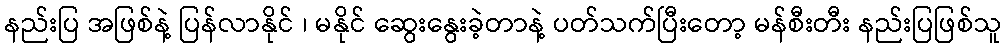
နည်းပြ အဖြစ်နဲ့ ပြန်လာနိုင် ၊ မနိုင် ဆွေးနွေးခဲ့တာနဲ့ ပတ်သက်ပြီးတော့ မန်စီးတီး နည်းပြဖြစ်သူ